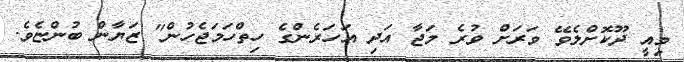
މިއީ ދޫކޮށްލެވޭ ވަރަށް ވުރެ މަޖާ އަދި އަހަރެންގެ ހިތްހަމަޖެހުން" ޒަޔާން ބުންޏެވެ.